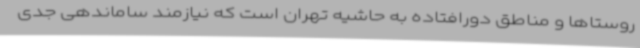
روستاها و مناطق دورافتاده به حاشیه تهران است که نیازمند ساماندهی جدی